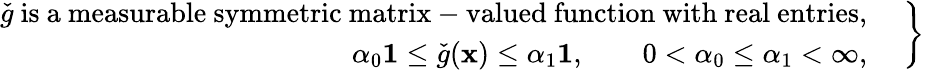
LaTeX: \left.\begin{array}{rl}{\check{g}\mathrm{~is~a~measurable~symmetric~matrix-valued~function~with~real~entries,}}&{}\\ {\alpha_{0}\mathbf{1}\le\check{g}(\mathbf{x})\le\alpha_{1}\mathbf{1},\qquad 0<\alpha_{0}\le\alpha_{1}<\infty,}&{}\end{array}\; \right\rbrace